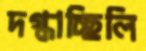
দগ্ধাচ্ছিলি